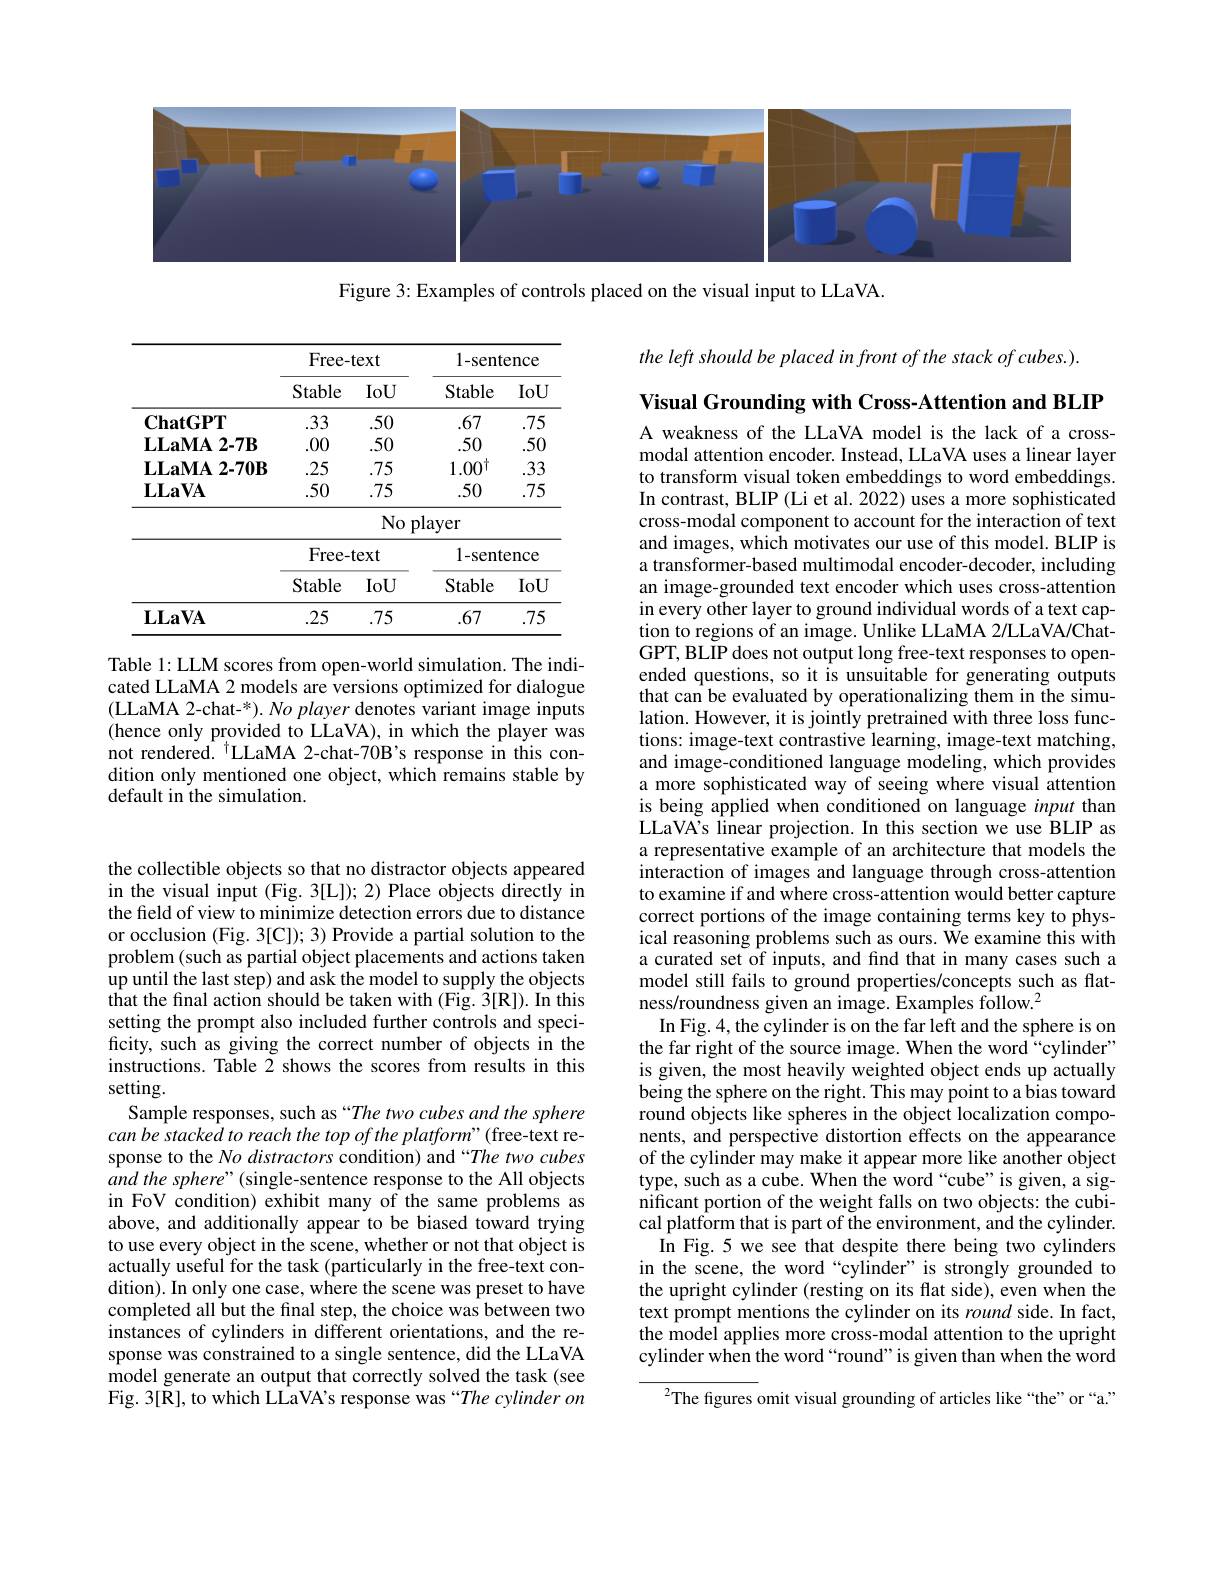
<FigureHere>

Figure 3: Examples of controls placed on the visual input to LLaVA.

the left should be placed in front of the stack of cubes.).

<table>
	<tbody>
		<tr>
			<th> </th>
			<th colspan="2">Free- text</th>
			<th colspan="2">1-sentence</th>
		</tr>
		<tr>
			<th> </th>
			<th>Stable</th>
			<th>IoU</th>
			<th>Stable</th>
			<th>IoU</th>
		</tr>
		<tr>
			<td>$\mathbf{ChatGPT}$</td>
			<td>.33</td>
			<td>50</td>
			<td>.67</td>
			<td>.75</td>
		</tr>
		<tr>
			<td>$\mathbf{LLaMA}$ $、2-7\mathbf{B}$</td>
			<td>.00</td>
			<td>.50</td>
			<td>.50</td>
			<td>50</td>
		</tr>
		<tr>
			<td>$\mathbf{LLaMA}$ $2-70\mathbf{B}$ </td>
			<td>25</td>
			<td>.75</td>
			<td>$1.00^{\dagger}$</td>
			<td>.33</td>
		</tr>
		<tr>
			<td>$\mathbf{L}\mathbf{L}\mathbf{a}\mathbf{V}\mathbf{A}$</td>
			<td>.50</td>
			<td>75</td>
			<td>.50</td>
			<td>.75</td>
		</tr>
		<tr>
			<td> </td>
			<td> </td>
			<td colspan="3">No player</td>
		</tr>
		<tr>
			<td> </td>
			<td colspan="2">Free- text</td>
			<td colspan="2">1-sentence</td>
		</tr>
		<tr>
			<td> </td>
			<td>Stable</td>
			<td>IoU</td>
			<td>Stable</td>
			<td>IoU</td>
		</tr>
		<tr>
			<td>$\mathbf{LLaVA}$</td>
			<td>.25</td>
			<td>75</td>
			<td>.67</td>
			<td>.75</td>
		</tr>
	</tbody>
</table>

Table 1: LLM scores from open-world simulation. The indicated LLaMA 2 models are versions optimized for dialogue (LLaMA 2-chat-*). No player denotes variant image inputs (hence only provided to LLaVA), in whi not rendered. $^{\dagger}$LLaMA 2-chat-70B's response in this condition only mentioned one object, which remains stable by default in the simulation.

Visual Grounding with Cross-Attention and BLIP A weakness of the LLaVA model is the lack of a crossmodal attention encoder. Instead, LLaV to transform visual token embeddings to word embeddings. In contrast, BLIP (Li et al. 2022) uses a more sophisticated cross-modal component to account for the interaction of text and images, which motivates our use of this model. BLIP is a transformer-based multimodal encoder-decoder, including an image-grounded text encoder which uses cross-attention in every other layer to ground individual words of a text caption to regions of an image. Unlike LLaMA 2/LLaVA/ChatGPT, BLIP does not output long free-text responses to openended questions, so it is unsuitable for generating outputs that can be evaluated by operationaliz lation. However, it is jointly pretrained with three loss functions: image-text contrastive learning, image-text matching, and image-conditioned language modeling, which provides a more sophisticated way of seeing where visual attention is being applied when conditioned on l LLaVA's linear projection. In this section we use BLIP as a representative example of an architecture that models the interaction of images and language through cross-attention to examine if and where cross-attention would better capture correct portions of the image containing terms key to physical reasoning problems such as ours. We examine this with a curated set of inputs, and fnd that model still fails to ground properties/concepts such as flatness/roundness given an image. Examples follow.$^2$
In Fig. 4, the cylinder is on the far left and the sphere is on the far right of the source image. When the word “cylinder” is given, the most heavily weighted object ends up actually being the sphere on the right. This may point to a bias toward round objects like spheres in the object localization components, and perspective distortion effects on the appearance of the cylinder may make it appear more like another object type, such as a cube. When the word “cube”is given, a significant portion of the weight falls on two objects: the cubical platform that is part of the environment, and the cylinder.
In Fig. 5 we see that despite there be in the scene, the word “cylinder” is strongly grounded to the upright cylinder (resting on its flat side), even when the text prompt mentions the cylinder on i the model applies more cross-modal attention to the upright cylinder when the word “round”is given than when the word
${{^{2}}}$The figures omit visual grounding of articles like “the”or“a.”

the collectible objects so that no distractor objects appeared in the visual input (Fig. 3[L]); 2) Place objects directly in the field of view to minimize detection errors due to distance or occlusion (Fig. 3[C]); 3) Provide a problem (such as partial object placements and actions taken up until the last step) and ask the mo that the final action should be taken with (Fig. 3[R]). In this setting the prompt also included further controls and specificity, such as giving the correct num instructions. Table 2 shows the scores from results in this setting.
Sample responses, such as “The two cubes and the sphere can be stacked to reach the top of the platform" (free-text response to the No distractors condition) and“The two cubes $\hat{a}nd$ the sphere"(single-sentence response to the All objects in FoV condition) exhibit many of the same problems as above, and additionally appear to be biased toward trying to use every object in the scene, whet actually useful for the task (particularly in the free-text condition). In only one case, where the scene was preset to have completed all but the final step, the instances of cylinders in different orientations, and the response was constrained to a single sentence, did the LLaVA model generate an output that correctly solved the task (see Fig. 3[R], to which LLaVA's response was “The cylinder on